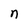
Character: n